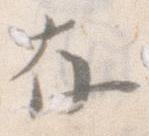
存